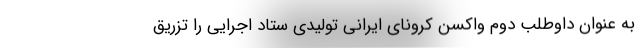
به عنوان داوطلب دوم واکسن کرونای ایرانی تولیدی ستاد اجرایی را تزریق